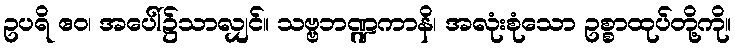
ဥပရိ ဧဝ၊ အပေါ်၌သာလျှင်။ သဗ္ဗဘဏ္ဍကာနိ၊ အလုံးစုံသော ဥစ္စာထုပ်တို့ကို။